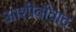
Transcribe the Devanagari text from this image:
आशीर्वावाद